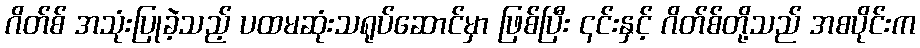
ဂိတ်စ် အသုံးပြုခဲ့သည့် ပထမဆုံးသရုပ်ဆောင်မှာ ဖြစ်ပြီး ၎င်းနှင့် ဂိတ်စ်တို့သည် အစပိုင်းက